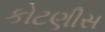
કોટણીસ